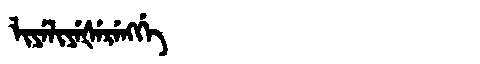
Manchu: ᠯᡳᠶᡝᠯᡳᠶᡝᡧᡝᡵᡝᠩᡤᡝ
Romanization: LIYELIYEŠERENGGE